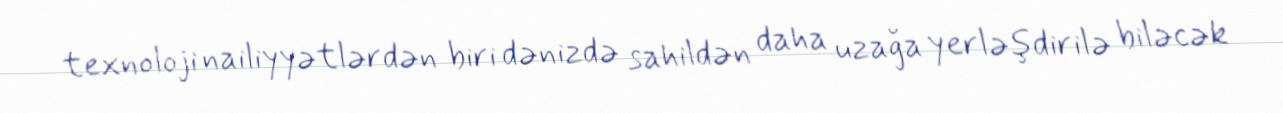
texnoloji nailiyyətlərdən biri dənizdə sahildən daha uzağa yerləşdirilə biləcək